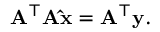
\mathbf { A ^ { \top } A \hat { x } = A ^ { \top } y } .